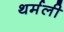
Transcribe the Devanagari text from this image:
थर्मली